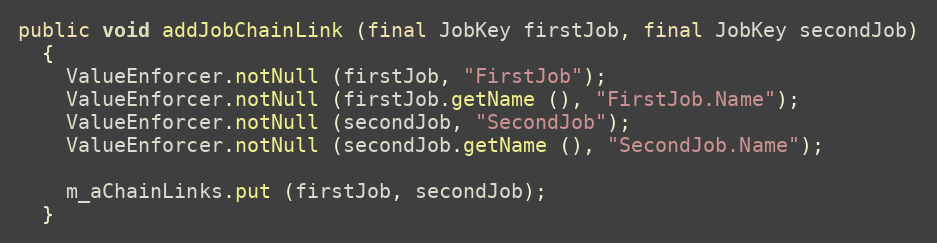
Language: Java
public void addJobChainLink (final JobKey firstJob, final JobKey secondJob)
  {
    ValueEnforcer.notNull (firstJob, "FirstJob");
    ValueEnforcer.notNull (firstJob.getName (), "FirstJob.Name");
    ValueEnforcer.notNull (secondJob, "SecondJob");
    ValueEnforcer.notNull (secondJob.getName (), "SecondJob.Name");

    m_aChainLinks.put (firstJob, secondJob);
  }